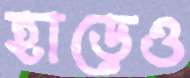
হাড়েও